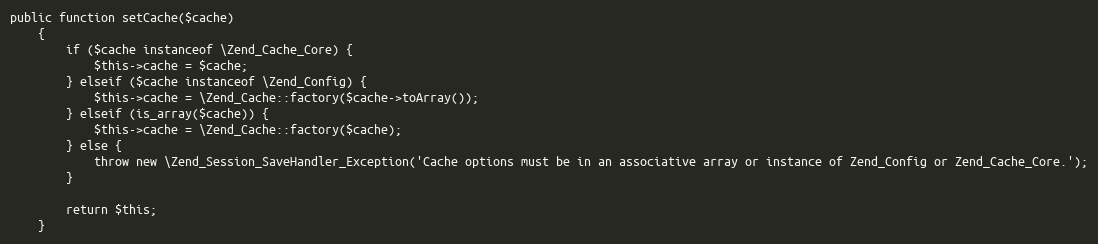
Language: PHP
public function setCache($cache)
    {
        if ($cache instanceof \Zend_Cache_Core) {
            $this->cache = $cache;
        } elseif ($cache instanceof \Zend_Config) {
            $this->cache = \Zend_Cache::factory($cache->toArray());
        } elseif (is_array($cache)) {
            $this->cache = \Zend_Cache::factory($cache);
        } else {
            throw new \Zend_Session_SaveHandler_Exception('Cache options must be in an associative array or instance of Zend_Config or Zend_Cache_Core.');
        }

        return $this;
    }